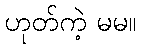
ဟုတ်ကဲ့ မမ။